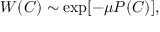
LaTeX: W ( C ) \sim \exp [ - \mu P ( C ) ] ,